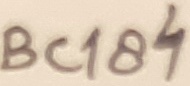
Text: BC184